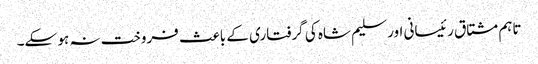
تاہم مشتاق رئیسانی اور سلیم شاہ کی گرفتاری کے باعث فروخت نہ ہو سکے۔